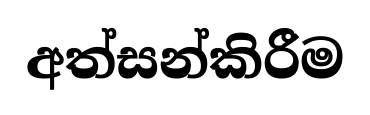
අත්සන්කිරීම